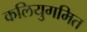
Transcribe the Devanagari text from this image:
कलियुगमित